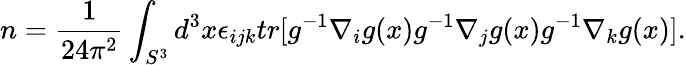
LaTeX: n=\frac{1}{24\pi^{2}}\int_{S^{3}}d^{3}x\epsilon_{ijk}tr[g^{-1}\nabla_{i}g(x)g^{-1}\nabla_{j}g(x)g^{-1}\nabla_{k}g(x)].